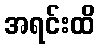
အရင်းထိ